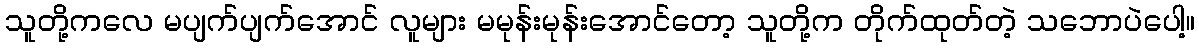
သူတို့ကလေ မပျက်ပျက်အောင် လူများ မမုန်းမုန်းအောင်တော့ သူတို့က တိုက်ထုတ်တဲ့ သဘောပဲပေါ့။